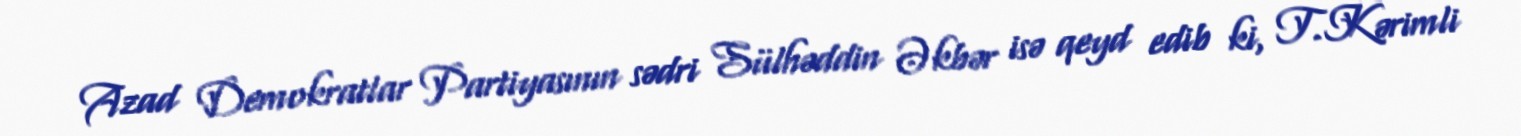
Azad Demokratlar Partiyasının sədri Sülhəddin Əkbər isə qeyd edib ki, T.Kərimli